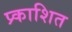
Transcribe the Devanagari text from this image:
प्र्काशित